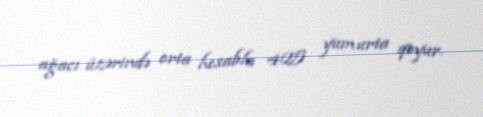
ağacı üzərində orta hesabla 425 yumurta qoyur.